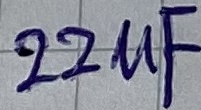
Text: 22µF